Annual report of the Punjab Veterinary College and of the Civil Veterinary Department, Punjab - 1920-1925
Year: 1920
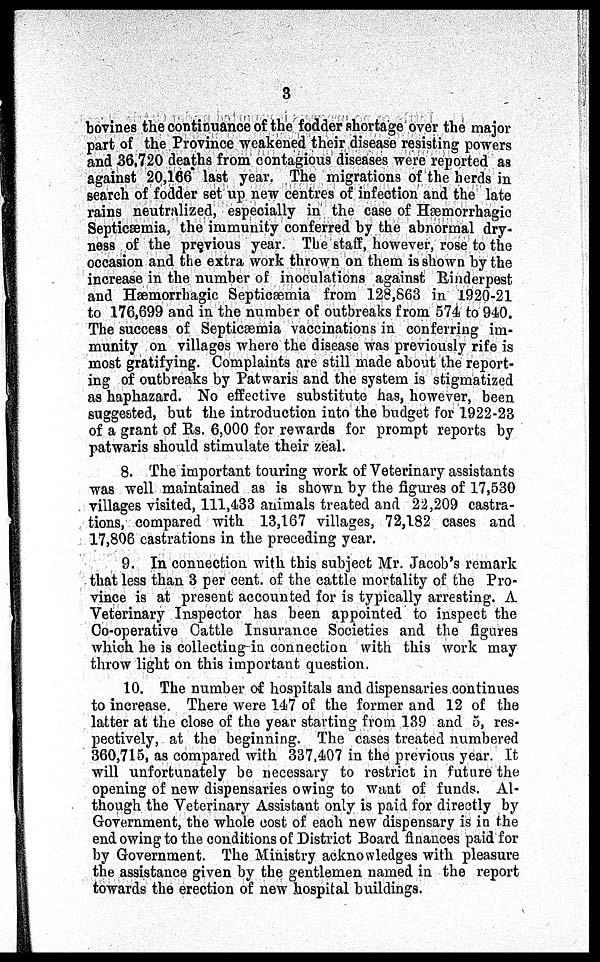
3
bovines the continuance of the fodder shortage over the major
part of the Province weakened their disease resisting powers
and 36,720 deaths from contagious diseases were reported as
against 20,166 last year. The migrations of the herds in
search of fodder set up new centres of infection and the late
rains neutralized, especially in the case of Hæmorrhagic
Septicæmia, the immunity conferred by the abnormal dry-
ness of the previous year. The staff, however, rose to the
occasion and the extra work thrown on them is shown by the
increase in the number of inoculations against Rinderpest
and Hæmorrhagic Septicæmia from 128,863 in 1920-21
to 176,699 and in the number of outbreaks from 574 to 940.
The success of Septicæmia vaccinations in conferring im-
munity on villages where the disease was previously rife is
most gratifying. Complaints are still made about the report-
ing of outbreaks by Patwaris and the system is stigmatized
as haphazard. No effective substitute has, however, been
suggested, but the introduction into the budget for 1922-23
of a grant of Rs. 6,000 for rewards for prompt reports by
patwaris should stimulate their zeal.
8. The important touring work of Veterinary assistants
was well maintained as is shown by the figures of 17,530
villages visited, 111,433 animals treated and 22,209 castra-
tions, compared with 13,167 villages, 72,182 cases and
17,806 castrations in the preceding year.
9. In connection with this subject Mr. Jacob's remark
that less than 3 per cent. of the cattle mortality of the Pro-
vince is at present accounted for is typically arresting. A
Veterinary Inspector has been appointed to inspect the
Co-operative Cattle Insurance Societies and the figures
which he is collecting in connection with this work may
throw light on this important question.
10. The number of hospitals and dispensaries continues
to increase. There were 147 of the former and 12 of the
latter at the close of the year starting from 139 and 5, res-
pectively, at the beginning. The cases treated numbered
360,715, as compared with 337,407 in the previous year. It
will unfortunately be necessary to restrict in future the
opening of new dispensaries owing to want of funds. Al-
though the Veterinary Assistant only is paid for directly by
Government, the whole cost of each new dispensary is in the
end owing to the conditions of District Board finances paid for
by Government. The Ministry acknowledges with pleasure
the assistance given by the gentlemen named in the report
towards the erection of new hospital buildings.